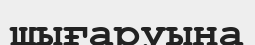
шығаруына